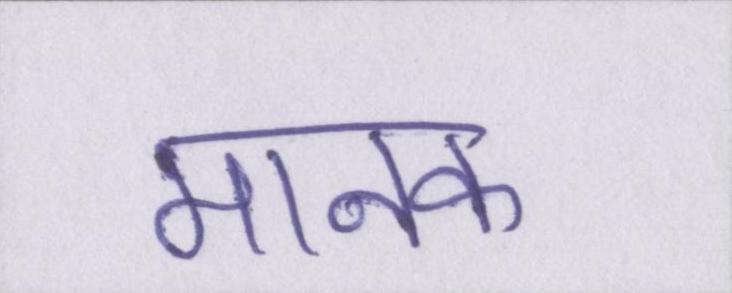
मानक